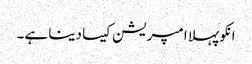
انکو پہلا امپریشن کیسا دینا ہے۔